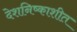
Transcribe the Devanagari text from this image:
देशनिष्काशीत